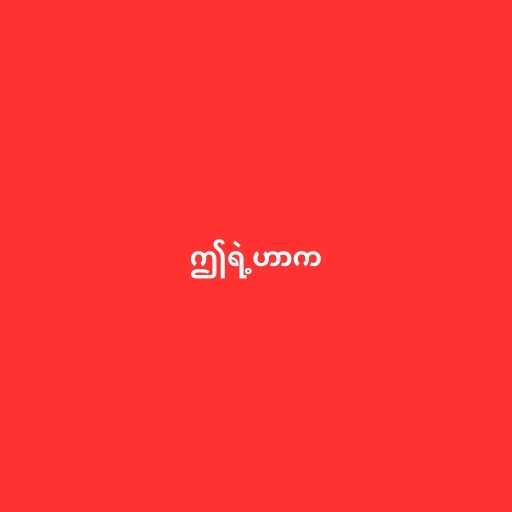
ဤရဲ့ဟာက